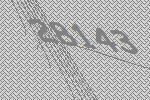
28143